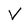
Character: V